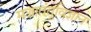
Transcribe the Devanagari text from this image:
मज्जातंतूविज्ञान